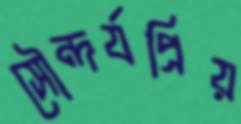
সৌন্দর্যপ্রিয়